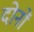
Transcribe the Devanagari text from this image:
दाेनाें